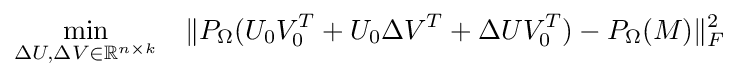
{\begin{aligned}&{\underset {\Delta U,\Delta V\in \mathbb {R} ^{n\times k}}{\text{min}}}&\|P_{\Omega }(U_{0}V_{0}^{T}+U_{0}\Delta V^{T}+\Delta UV_{0}^{T})-P_{\Omega }(M)\|_{F}^{2}\\\end{aligned}}